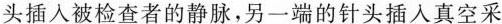
头插入被检查者的静脉，另一端的针头插入真空采